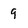
Character: 9